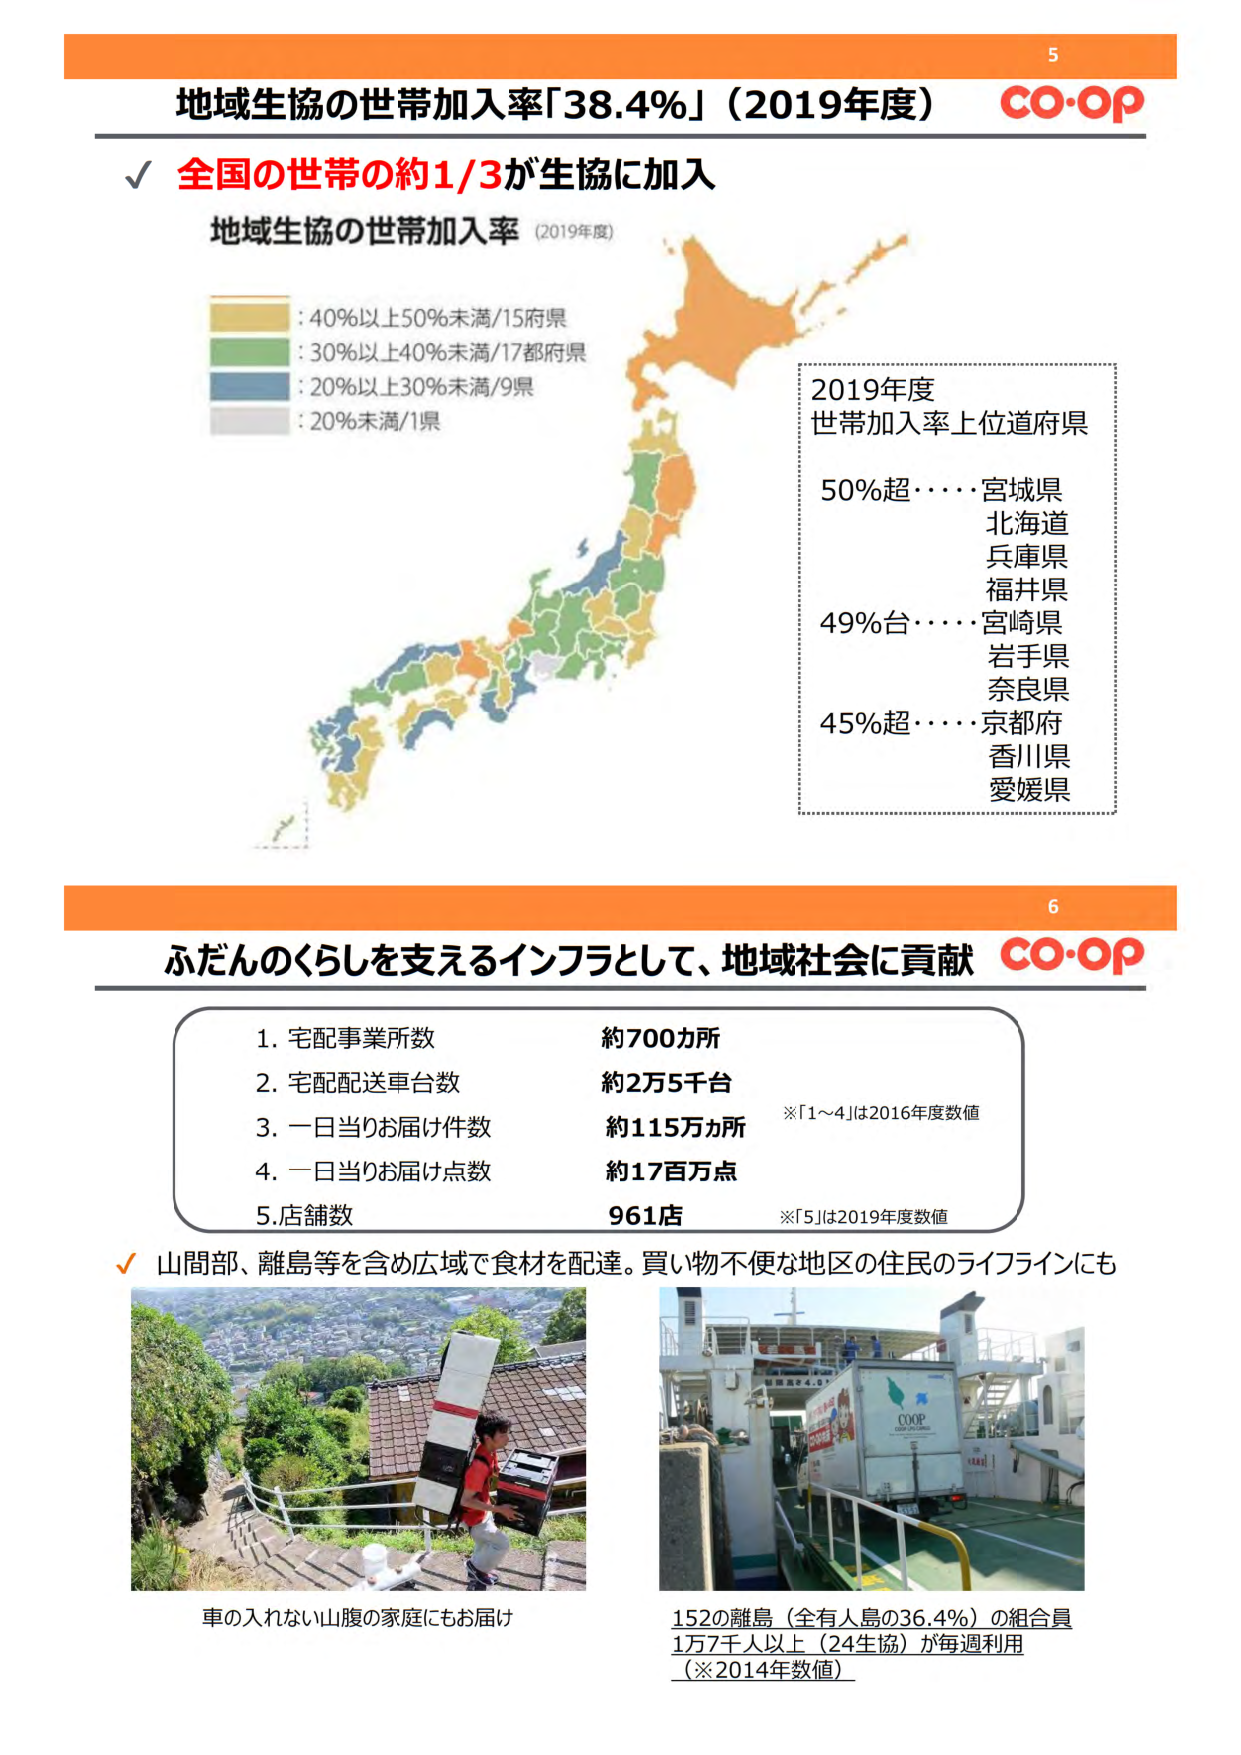
地域生協の世帯加入率「38.4%」（2019年度）
CO-OP

✓ 全国の世帯の約1/3が生協に加入

地域生協の世帯加入率（2019年度）

: 40%以上50%未満/15府県
: 30%以上40%未満/17都府県
: 20%以上30%未満/9県
: 20%未満/1県

2019年度
世帯加入率上位道府県

50%超・・・・宮城県
北海道
兵庫県
福井県
49%台・・・・宮崎県
岩手県
奈良県
45%超・・・・京都府
香川県
愛媛県

ふだんのくらしを支えるインフラとして、地域社会に貢献 CO-OP

1. 宅配事業所数 約700カ所
2. 宅配配送車台数 約2万5千台
3. 一日当りお届け件数 約115万か所
4. 一日当りお届け点数 約17百万点
5. 店舗数 961店

※「1～4」は2016年度数値
※「5」は2019年度数値

✓ 山間部、離島等を含め広域で食材を配達。買い物不便な地区の住民のライフラインにも

車の入れない山腹の家庭にもお届け

152の離島（全有人島の36.4%）の組合員
1万7千人以上（24生協）が毎週利用
（※2014年数値）